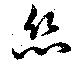
絲